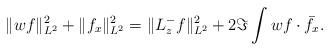
LaTeX: \begin{align*}\|wf\|_{L^2}^2 + \|f_x\|_{L^2}^2 = \|L_z^-f\|_{L^2}^2 + 2\Im\int wf\cdot\bar f_x.\end{align*}